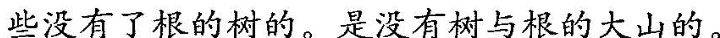
没有了根的树的。是没有树与根的大山的。